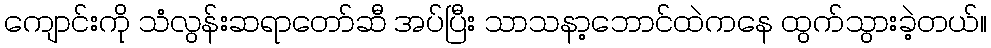
ကျောင်းကို သံလွန်းဆရာတော်ဆီ အပ်ပြီး သာသနာ့ဘောင်ထဲကနေ ထွက်သွားခဲ့တယ်။